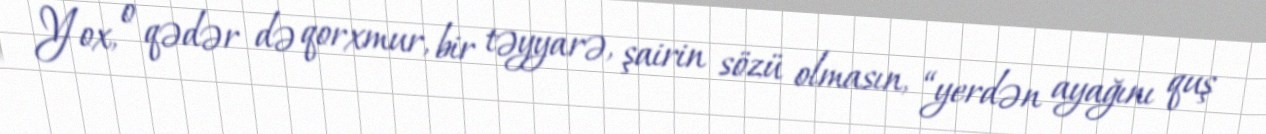
Yox, o qədər də qorxmur, bir təyyarə, şairin sözü olmasın, “yerdən ayağını quş